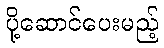
ပို့ဆောင်ပေးမည့်